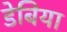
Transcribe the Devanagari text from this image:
डेबिया